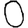
Digit: 0